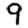
Digit: 9